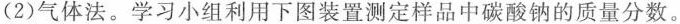
(2)气体法。学习小组利用下图装置测定样品中碳酸钠的质量分数。